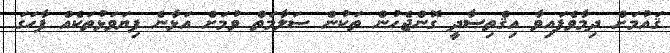
ޤައުމަށް ދިމާވެފައިވާ އިޤްތިޞާދީ ގޮންޖެހުން ތަކުން ސަލާމަތް ވުމަށް އަޅާނެ ފިޔަވަޅުތަކެއް ފާހަގަ